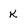
Character: K